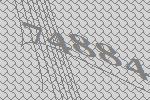
74884